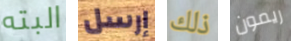
البته إرسل ذلك ريمون